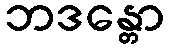
ဘဒန္တော